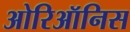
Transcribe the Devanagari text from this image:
ओरिऑनिस